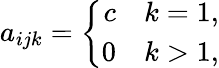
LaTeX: a_{ijk}=\left\{ \begin{array}{r}{c\quad k=1,}\\ {0\quad k>1,}\end{array}\right.